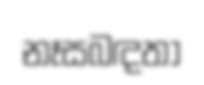
නෑසබඳතා